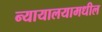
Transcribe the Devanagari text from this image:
न्यायालयामधील